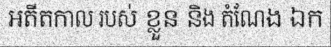
អតីតកាល របស់ ខ្លួន និង តំណែង ឯក